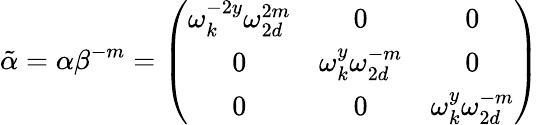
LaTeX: \tilde{\alpha}=\alpha\beta^{-m}=\left(\begin{array}{ccc}{{\omega_{k}^{-2y}\omega_{2d}^{2m}}}&{{0}}&{{0}}\\ {{0}}&{{\omega_{k}^{y}\omega_{2d}^{-m}}}&{{0}}\\ {{0}}&{{0}}&{{\omega_{k}^{y}\omega_{2d}^{-m}}}\end{array}\right)